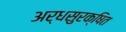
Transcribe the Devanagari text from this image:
अर्धसुरक्षित